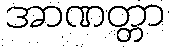
အာဏတ္တာ